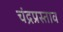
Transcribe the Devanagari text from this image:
चंद्रप्रस्ताव